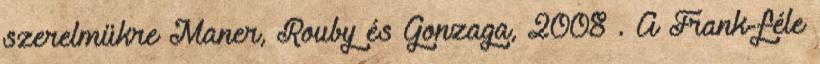
szerelmükre Maner, Rouby és Gonzaga, 2008 . A Frank-féle